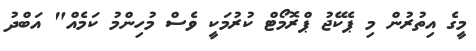
މީގެ އިތުުރުން މި ޕެކޭޖު ޕްރޮމޯޓް ކުރުމަކީ ވެސް މުހިންމު ކަމެއް" އަބްދު